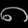
Digit: ၈